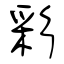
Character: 彩